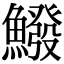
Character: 鱍